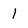
Character: 1